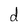
Character: d